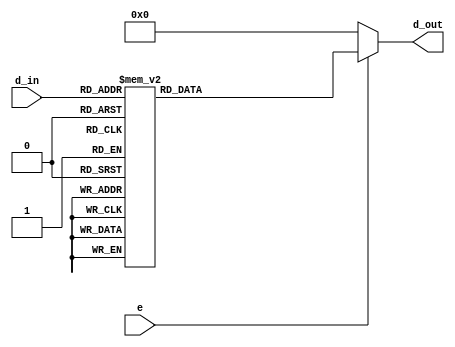
module dec_3to8 (
    input [2:0] d_in,
    input e,
    output reg [7:0] d_out
);

    always @(d_in ) begin 
        if(e==1) begin 
            case(d_in)
                3'b000: begin d_out=8'b00000001; end
                3'b001: begin d_out=8'b00000010; end
                3'b010: begin d_out=8'b00000100; end
                3'b011: begin d_out=8'b00001000; end
                3'b100: begin d_out=8'b00010000; end
                3'b101: begin d_out=8'b00100000; end
                3'b110: begin d_out=8'b01000000; end
                3'b111: begin d_out=8'b10000000; end
            endcase
        end 
        else 
            d_out = 0;
    end 

endmodule